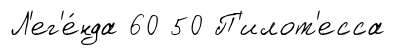
Л'ег'е́нда 60 50 П'илот'есса